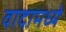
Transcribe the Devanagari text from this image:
वादामध्ये